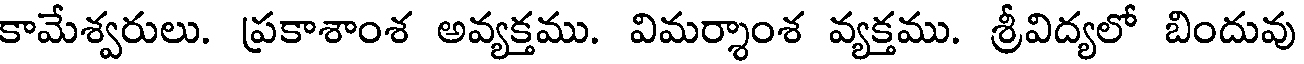
కామేశ్వరులు. ప్రకాశాంశ అవ్యక్తము. విమర్శాంశ వ్యక్తము. శ్రీవిద్యలో బిందువు